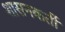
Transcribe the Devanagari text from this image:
शासनकर्ती